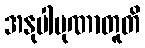
အနုပါပုဏာတူတိ